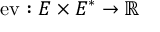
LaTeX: { \mathrm { e v } } : E \times E ^ { * } \to \mathbb { R }